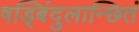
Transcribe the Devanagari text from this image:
षड्बिंदुलान्छितं